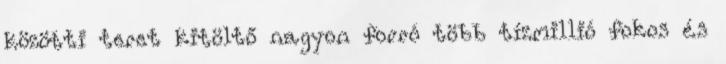
közötti teret kitöltő nagyon forró több tízmillió fokos és